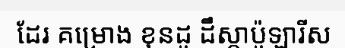
ដែរ គម្រោង ខុនដូ ដឹស្តាប៉ូឡារីស